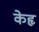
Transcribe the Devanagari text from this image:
केहृ